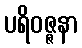
ပရိဝဇ္ဇနာ